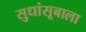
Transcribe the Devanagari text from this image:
सुधांसूबाला